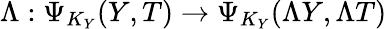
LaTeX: \Lambda:\Psi_{K_{Y}}(Y,T)\rightarrow\Psi_{K_{Y}}(\Lambda Y,\Lambda T)